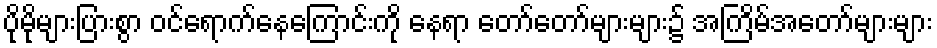
ပိုမိုများပြားစွာ ဝင်ရောက်နေကြောင်းကို နေရာ တော်တော်များများ၌ အကြိမ်အတော်များများ